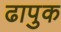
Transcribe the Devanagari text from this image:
ढापुक